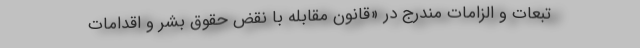
تبعات و الزامات مندرج در «قانون مقابله با نقض حقوق بشر و اقدامات